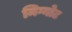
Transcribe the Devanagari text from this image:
मिग्नोट